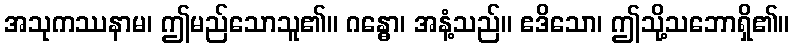
အသုကဿနာမ၊ ဤမည်သောသူ၏။ ဂန္ဓော၊ အနံ့သည်။ ဧဒိသော၊ ဤသို့သဘောရှိ၏။